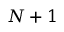
N + 1